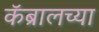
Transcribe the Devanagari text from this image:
कॅब्रालच्या